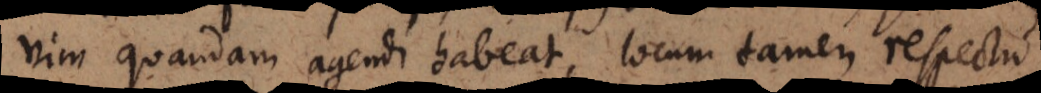
vim quandam agendi habeat, locum tamen respectu